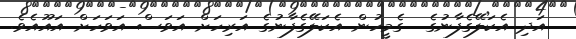
އަދި އެކަލޭގެފާނުގެ  ގެމީހުން އެކަލޭގެފާނުގެ އަރިހަށް އަވަސް އަވަހަށް އައޫއެވެ.